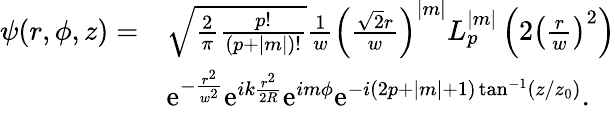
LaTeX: \begin{array}{rl}{\psi(r,\phi,z)=}&{\sqrt{\frac{2}{\pi}\frac{p!}{(p+|m|)!}}\frac{1}{w}\left(\frac{\sqrt{2}r}{w}\right)^{|m|}L_{p}^{|m|}\left(2\left(\frac{r}{w}\right)^{2}\right)}\\ &{\mathrm{e}^{-\frac{r^{2}}{w^{2}}}\mathrm{e}^{ik\frac{r^{2}}{2R}}\mathrm{e}^{im\phi}\mathrm{e}^{-i(2p+|m|+1)\tan^{-1}(z/z_{0})}.}\end{array}